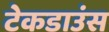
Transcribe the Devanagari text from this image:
टेकडाउंस